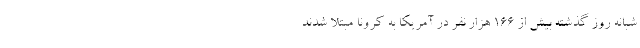
شبانه روز گذشته بیش از ۱۶۶ هزار نفر در آمریکا به کرونا مبتلا شدند